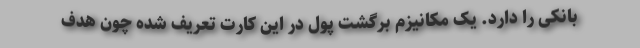
بانکی را دارد. یک مکانیزم برگشت پول در این کارت تعریف شده چون هدف